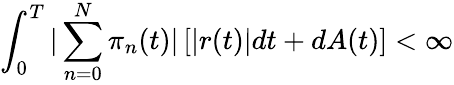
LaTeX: \int_{0}^{T}|\sum_{n=0}^{N}\pi_{n}(t)|\left[|r(t)|dt+dA(t)\right]<\infty